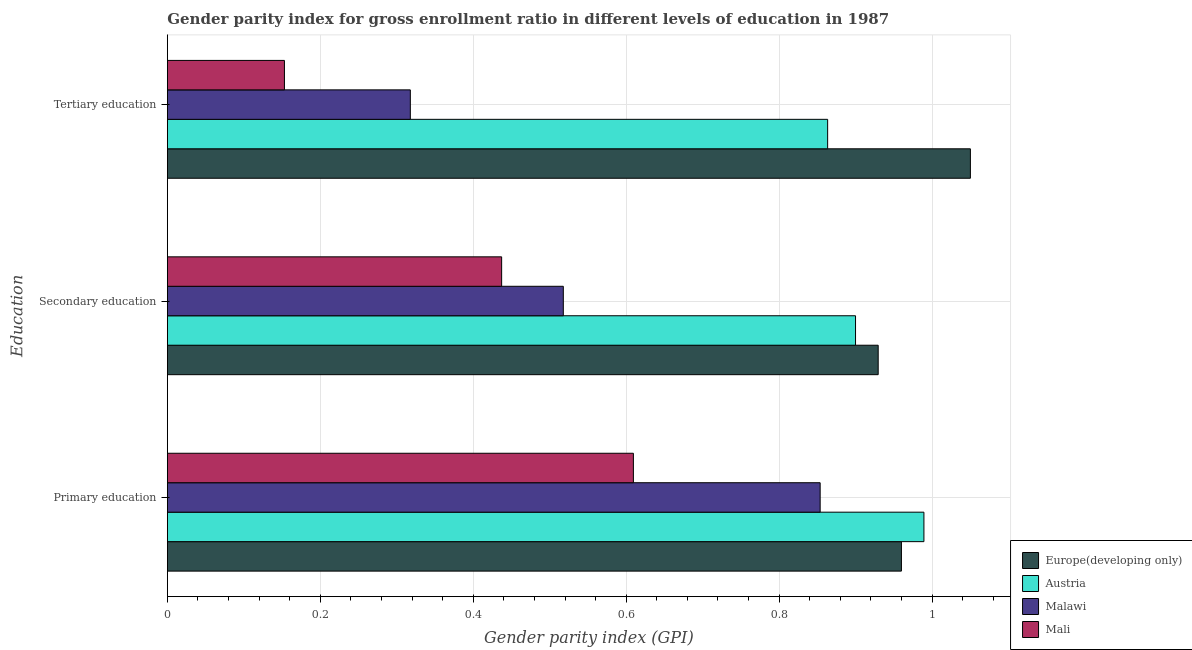
| Education | Europe(developing only) | Austria | Malawi | Mali |
 | --- | --- | --- | --- | --- |
 | Primary education | 0.96 | 0.989 | 0.854 | 0.609 |
 | Secondary education | 0.929 | 0.9 | 0.518 | 0.437 |
 | Tertiary education | 1.05 | 0.863 | 0.318 | 0.153 |